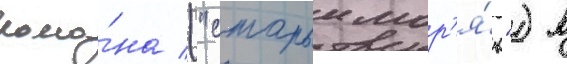
рома́на ("старыи мор'я́к") в